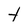
Character: t